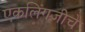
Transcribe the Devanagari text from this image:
एकलिंगजीचे